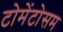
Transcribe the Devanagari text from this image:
टोमेंटोसम